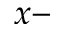
x -